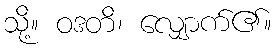
သို့။ ဝဒတိ၊ လျှောက်၏။